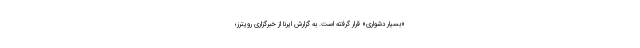
«بسیار دشواری» قرار گرفته است. به گزارش ایرنا از خبرگزاری رویترز؛